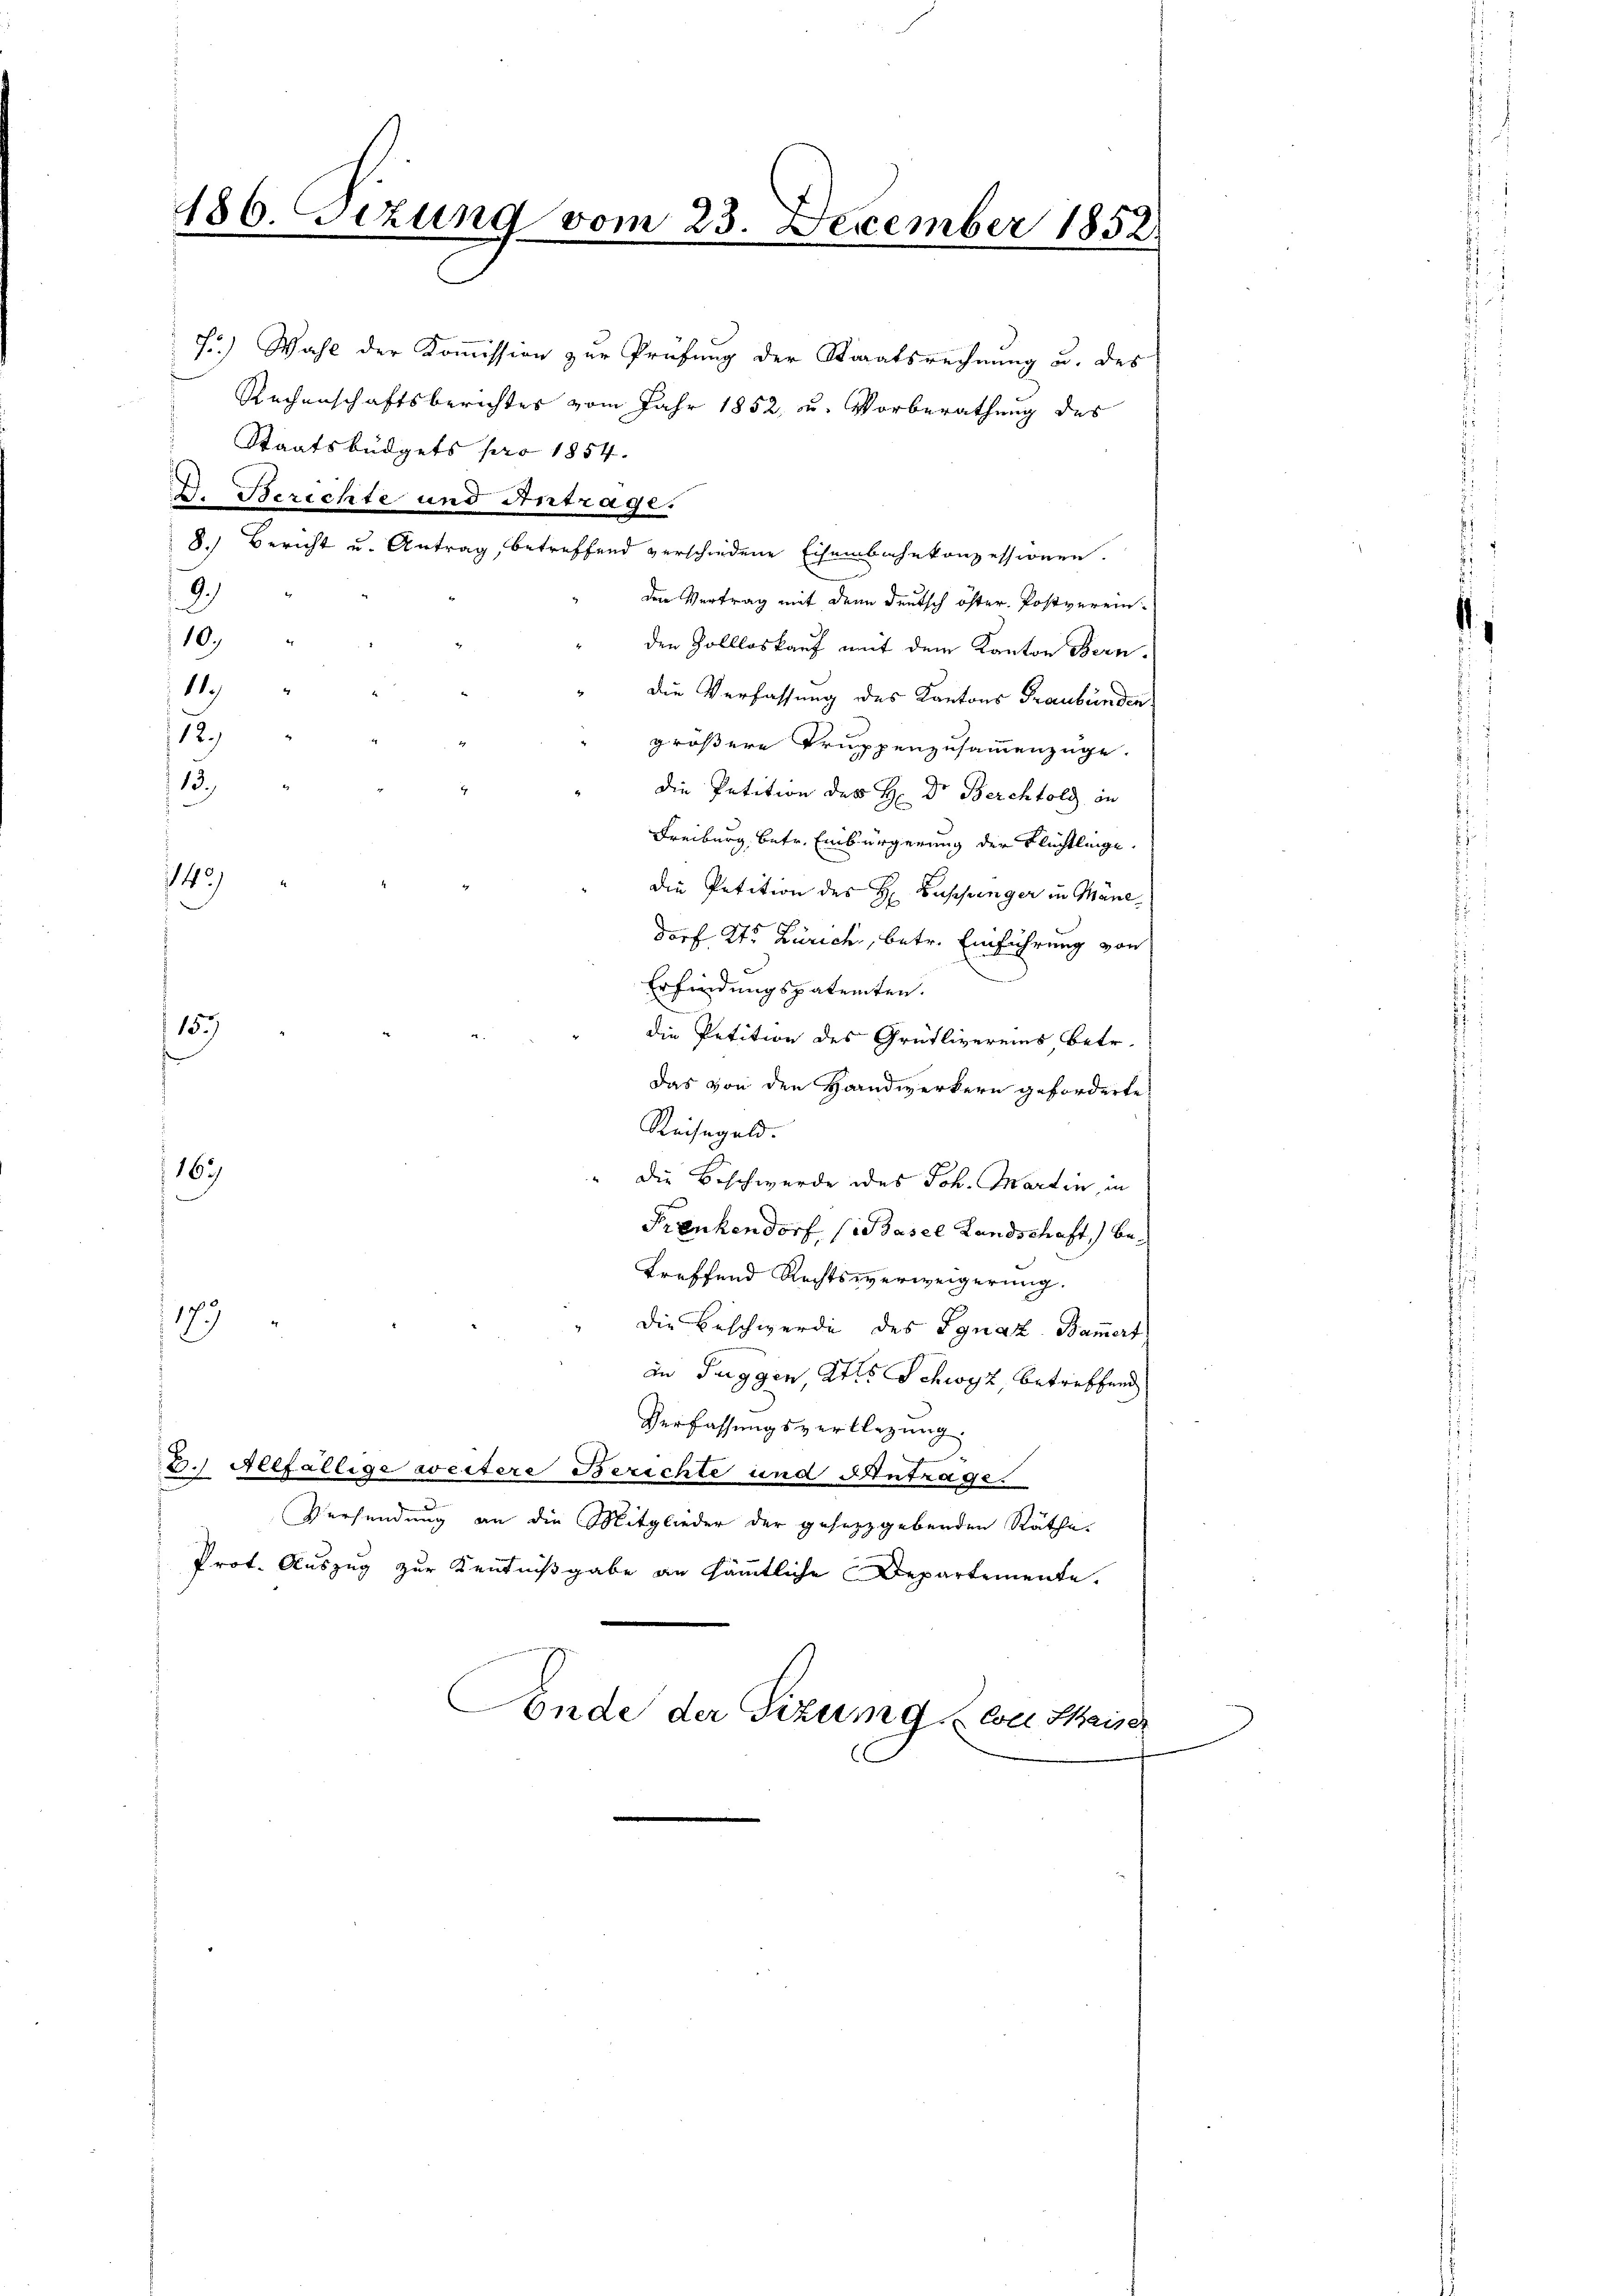
186. Sizund vom 23. December 1852.

149

J.) Wahl der Kommission zur Prüfung der Staaatsrechnung u. des
Rechenschaftsberichtes vom Jahr 1852, u. Vorberathung des
Staatsbüdgets pro 1854.
D. Berichte und Antrage.
8.) Bericht u. Antrag, betreffend verschiedene Eisenbahnkonzessionen.
9.)
den Vertrag mit den Deutsch öster. Postvereini
10.)
den Zollloskauf mit dem Kanton Bern.
119
" die Verfassung des Kantons Graubünden.
12.)
größere Truppenzusammenzüge.
13.)
die Petition des H: Dr. Berchtold in
Freiburg, betr. Einbürgerung der Flüchtlinge.
die Petition des H Buschenger in Mäne,
dorf Kt. Zürich, betr. Einführung von
Erfindungspatenten.
157
die Petition des Grütlivereins Betr.
das von den Handwerkern geforderte
Reisegeld.
167.
" die Beschwerde des Joh. Martin, in
Frenkendorf (Basel Landschaft, betreffend Rechtsverweigerung.
179
Die Beschwerde des Ignaz Bam̅ert
in Tuggen, als Schwyz, betreffend
Verfassungsverlegung
2.) Allfällige weitere Berichte und Antrage.
Versendung an die Mitglieder der gesetzgebenden Räthe.
Prot. Auszug zur Kenntnißgabe an sämmtliche Departemente.

Ponde der Sitzung wil Kaiser